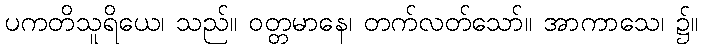
ပကတိသူရိယေ၊ သည်။ ဝတ္တမာနေ၊ တက်လတ်သော်။ အာကာသေ၊ ၌။